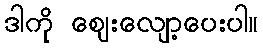
ဒါကို ဈေးလျော့ပေးပါ။